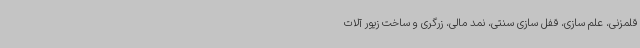
قلمزنی، علم سازی، قفل سازی سنتی، نمد مالی، زرگری و ساخت زیور آلات